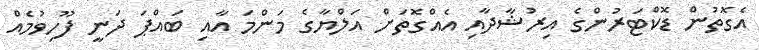
އެގޮތުން ޑޮކްޓަރުންގެ އިރުޝާދާއި އެއްގޮތަށް އަލްޔާގެ މަންމަ އާއި ބައްޕަ ދަނީ ފޫހިވުމެއް